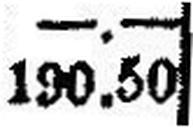
190.50